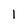
Character: 1